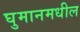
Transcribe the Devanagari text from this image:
घुमानमधील